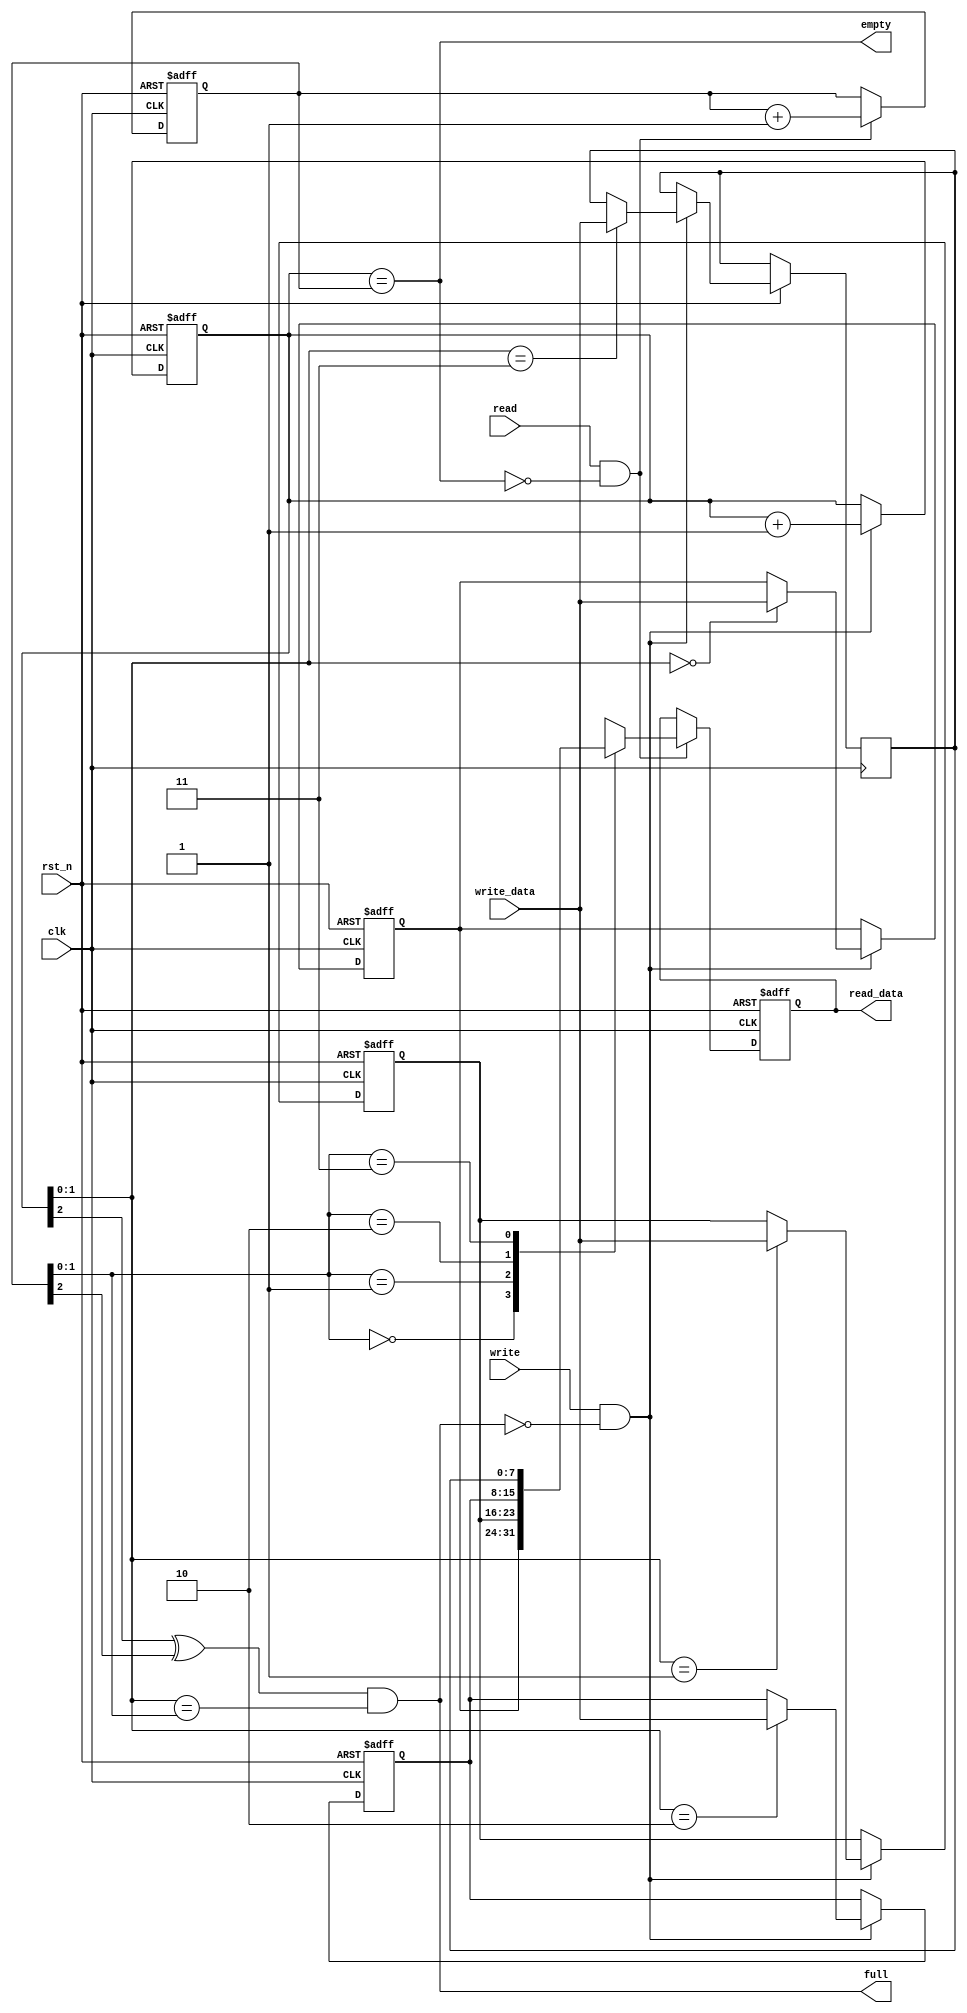
module fifo_1(
  clk,
  rst_n,

  write,
  read,
  
  write_data,
  read_data,

  empty,
  full
);

  parameter FIFO_PTR_WIDTH   = 3;
  parameter FIFO_DATA_WIDTH  = 8;
  parameter FIFO_DEPTH       = 2**(FIFO_PTR_WIDTH - 1);

  input                            clk;
  input                            rst_n;

  input                            write;
  input                            read;

  input      [FIFO_DATA_WIDTH-1:0] write_data;
  output reg [FIFO_DATA_WIDTH-1:0] read_data;

  output                           empty;
  output                           full;

  reg [FIFO_DATA_WIDTH-1:0] fifo_array [FIFO_DEPTH-1:0];

  reg [FIFO_PTR_WIDTH-1:0]  rd_ptr;
  reg [FIFO_PTR_WIDTH-1:0]  wr_ptr;

  //------------------------------------------------
  // Write Pointer Logic
  //------------------------------------------------
  always @(posedge clk or negedge rst_n)
  begin: p_wr_ptr
    if (!rst_n)
      wr_ptr <= {FIFO_PTR_WIDTH{1'b0}};
    else if (write & !full)
      wr_ptr <= wr_ptr + 1'b1;
  end

  //------------------------------------------------
  // Read Pointer Logic
  //------------------------------------------------
  always @(posedge clk or negedge rst_n)
  begin: p_rd_ptr
    if (!rst_n)
      rd_ptr <= {FIFO_PTR_WIDTH{1'b0}};
    else if (read & !empty)
      rd_ptr <= rd_ptr + 1'b1;
  end

  //------------------------------------------------
  // Full and Empty flags
  //------------------------------------------------
  assign full = (wr_ptr[FIFO_PTR_WIDTH-1] ^ rd_ptr[FIFO_PTR_WIDTH-1]) & (wr_ptr[FIFO_PTR_WIDTH-2:0] == rd_ptr[FIFO_PTR_WIDTH-2:0]);
  assign empty = (wr_ptr == rd_ptr);

  //-----------------------------------------------
  // FIFO Write
  //-----------------------------------------------
  always @(posedge clk or negedge rst_n)
  begin: p_fifo_write
  integer int_i;
    if (!rst_n)
      for (int_i = 0; int_i < FIFO_DEPTH - 1; int_i = int_i + 1)
        fifo_array[int_i] <= {FIFO_DATA_WIDTH{1'b0}};
    else if (write & !full)
      fifo_array[wr_ptr] <= write_data;
  end

  //-----------------------------------------------
  // FIFO Read
  //-----------------------------------------------
  always @(posedge clk or negedge rst_n)
  begin: p_fifo_read
    if (!rst_n)
      read_data <= {FIFO_DATA_WIDTH{1'b0}};
    else if (read & !empty)
      read_data <= fifo_array[rd_ptr];
  end

endmodule